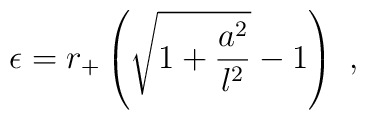
\epsilon = r_+ \left( \sqrt{1+\frac{a^2}{l^2} } -1 \right)~,